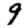
Digit: 9